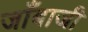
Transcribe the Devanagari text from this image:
जाँबाजी